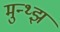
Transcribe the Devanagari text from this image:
मुन्थ्झ